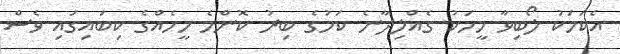
އެކަމަކު ލޯބިވާ މީހަކު ގެއްލިދާނެ ކަމުގެ ބިރު ކޮންމެ މީހެއްގެ ކިބައިގައި ވެސް